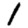
Digit: 1